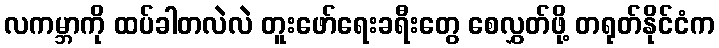
လကမ္ဘာကို ထပ်ခါတလဲလဲ တူးဖော်ရေးခရီးတွေ စေလွှတ်ဖို့ တရုတ်နိုင်ငံက